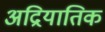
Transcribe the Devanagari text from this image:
अद्रियातिक